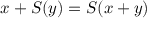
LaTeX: x + S ( y ) = S ( x + y )